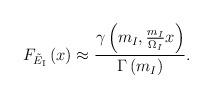
LaTeX: \begin{align*} {F_{\tilde E_{\rm I}}}\left( x \right) \approx {{\gamma \left( {{m_I},{{{m_I}} \over {{\Omega _I}}}x} \right)} \over {\Gamma \left( {{m_I}} \right)}}. \end{align*}